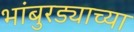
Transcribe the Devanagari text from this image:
भांबुरड्याच्‍या